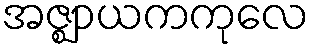
အဇ္ဈာယကကုလေ